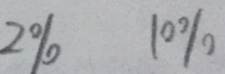
2 \% 1 0 \%